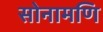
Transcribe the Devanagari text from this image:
सोनामणि